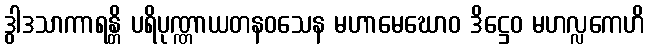
ဒွါဒသာကာရန္တိ ပရိပုဏ္ဏာယတနဝသေန မဟာမေဃောဝ ဒိဋ္ဌေဝ မဟလ္လကေဟိ